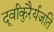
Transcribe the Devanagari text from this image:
दूर्वांकुरैर्यजति